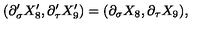
( \partial _ { \sigma } ^ { \prime } X _ { 8 } ^ { \prime } , \partial _ { \tau } ^ { \prime } X _ { 9 } ^ { \prime } ) = ( \partial _ { \sigma } X _ { 8 } , \partial _ { \tau } X _ { 9 } ) ,